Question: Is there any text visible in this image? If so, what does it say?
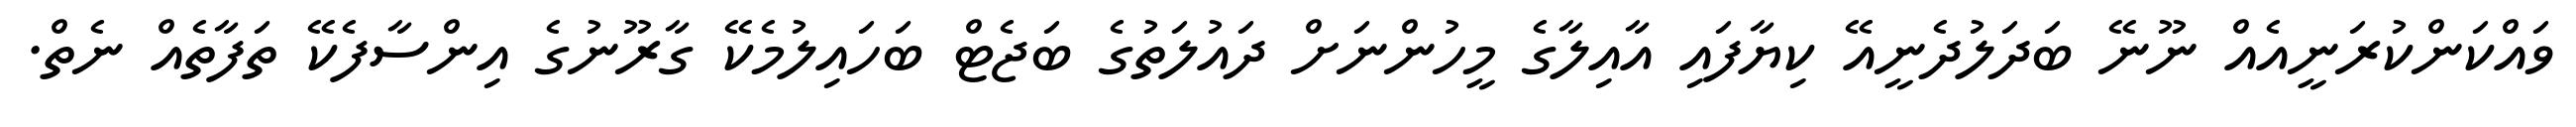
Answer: ވައްކަންކުރަނީއެއް ނޫނޭ ބަދަލުދެނީއޭ ކިޔާފައި އާއިލާގެ މީހުންނަށް ދައުލަތުގެ ބަޖެޓް ބަހައިލުމެކޭ ގާރޫނުގެ އިންސާފެކޭ ތަފާތެއް ނެތް.